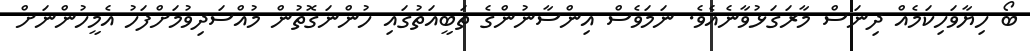
ބޯ ހިޔާވަހިކަމެއް ދިނަސް މާރަގަޅުވާނެއެވެ. ނަމަވެސް އިންސާނުންގެ ތަބީއަތުގައި ހުންނަގޮތުން މުއްސަދިވުމަށްފަހު އެމީހުންނަށް